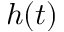
h ( t )